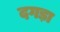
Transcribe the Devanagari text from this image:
दगड़ा